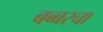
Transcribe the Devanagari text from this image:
बब्बरचा